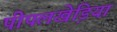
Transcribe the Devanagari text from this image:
पीपलखेडि़या